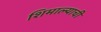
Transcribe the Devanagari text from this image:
शिमाल्याची